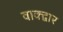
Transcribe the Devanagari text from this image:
वाक्द्वार